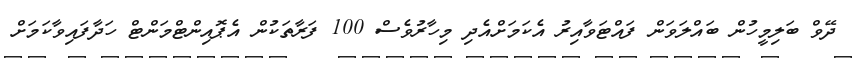
ދޭވް ބަލިމީހުން ބައްލަވަން ފައްޓަވާއިރު އެކަމަށްއެދި މިހާރުވެސް 100 ފަރާތަކުން އެޕޮއިންޓްމަންޓް ހަދާފައިވާކަމަށް